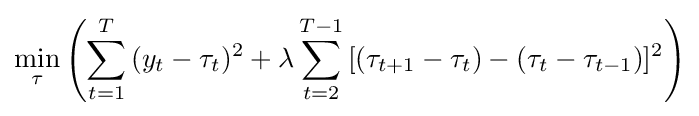
\min _{\tau }\left(\sum _{t=1}^{T}{(y_{t}-\tau _{t})^{2}}+\lambda \sum _{t=2}^{T-1}{[(\tau _{t+1}-\tau _{t})-(\tau _{t}-\tau _{t-1})]^{2}}\right)